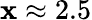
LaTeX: \mathbf{x}\approx2.5